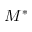
M ^ { * }